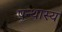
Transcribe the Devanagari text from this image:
पन्थास्य